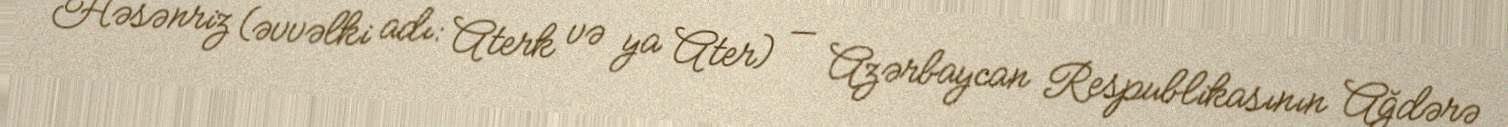
Həsənriz (əvvəlki adı: Aterk və ya Ater) — Azərbaycan Respublikasının Ağdərə